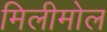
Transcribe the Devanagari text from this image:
मिलीमोल